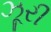
ઝૂરી